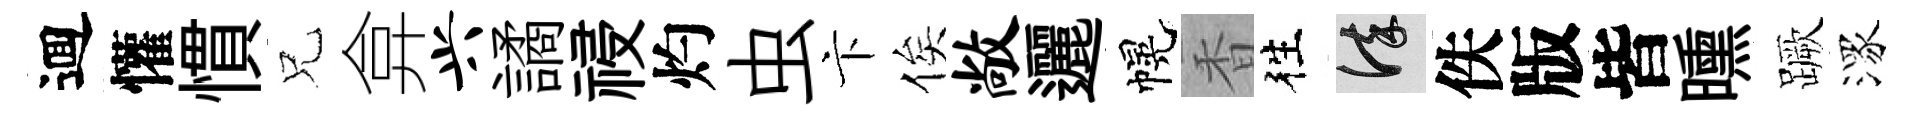
逥懽慣兄弇兴譎祲灼虫卞俟敞邐幌香徃謹佚版皆曛蹶潈